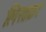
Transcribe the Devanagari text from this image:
लिख्रक्रर